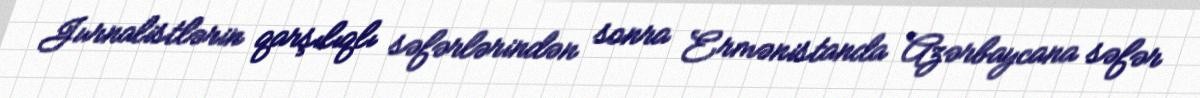
Jurnalistlərin qarşılıqlı səfərlərindən sonra Ermənistanda Azərbaycana səfər